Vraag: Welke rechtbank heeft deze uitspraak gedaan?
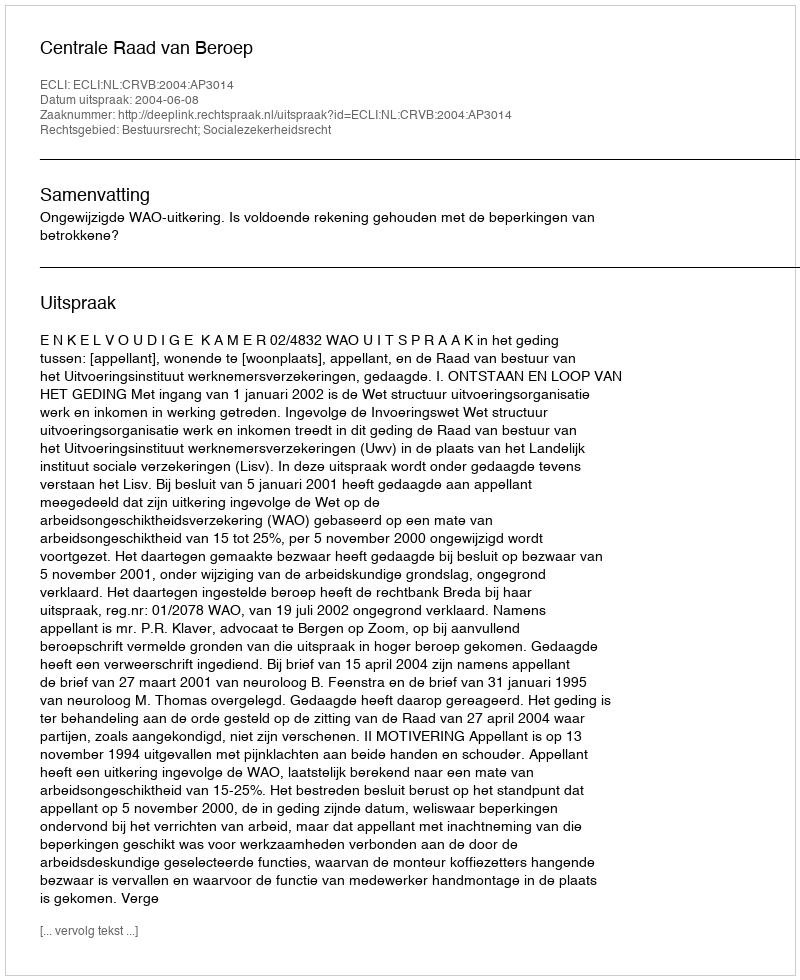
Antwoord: Centrale Raad van Beroep